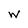
Character: w